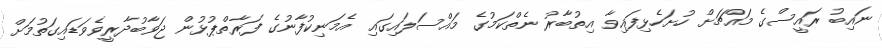
ނައިބު ރައީސްގެ މައްޗަށް ހުށަހެޅިފައިވާ އިތުބާރު ނެތްކަމުގެ މައްސަލައިގައި އެމަނިކުފާނުގެ ފަރާތްޕުޅުން ޖަވާބުދާރީވެވަޑައިގަތުމަށް